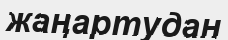
жаңартудан